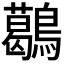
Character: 𪆰